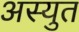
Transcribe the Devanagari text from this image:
अस्युत